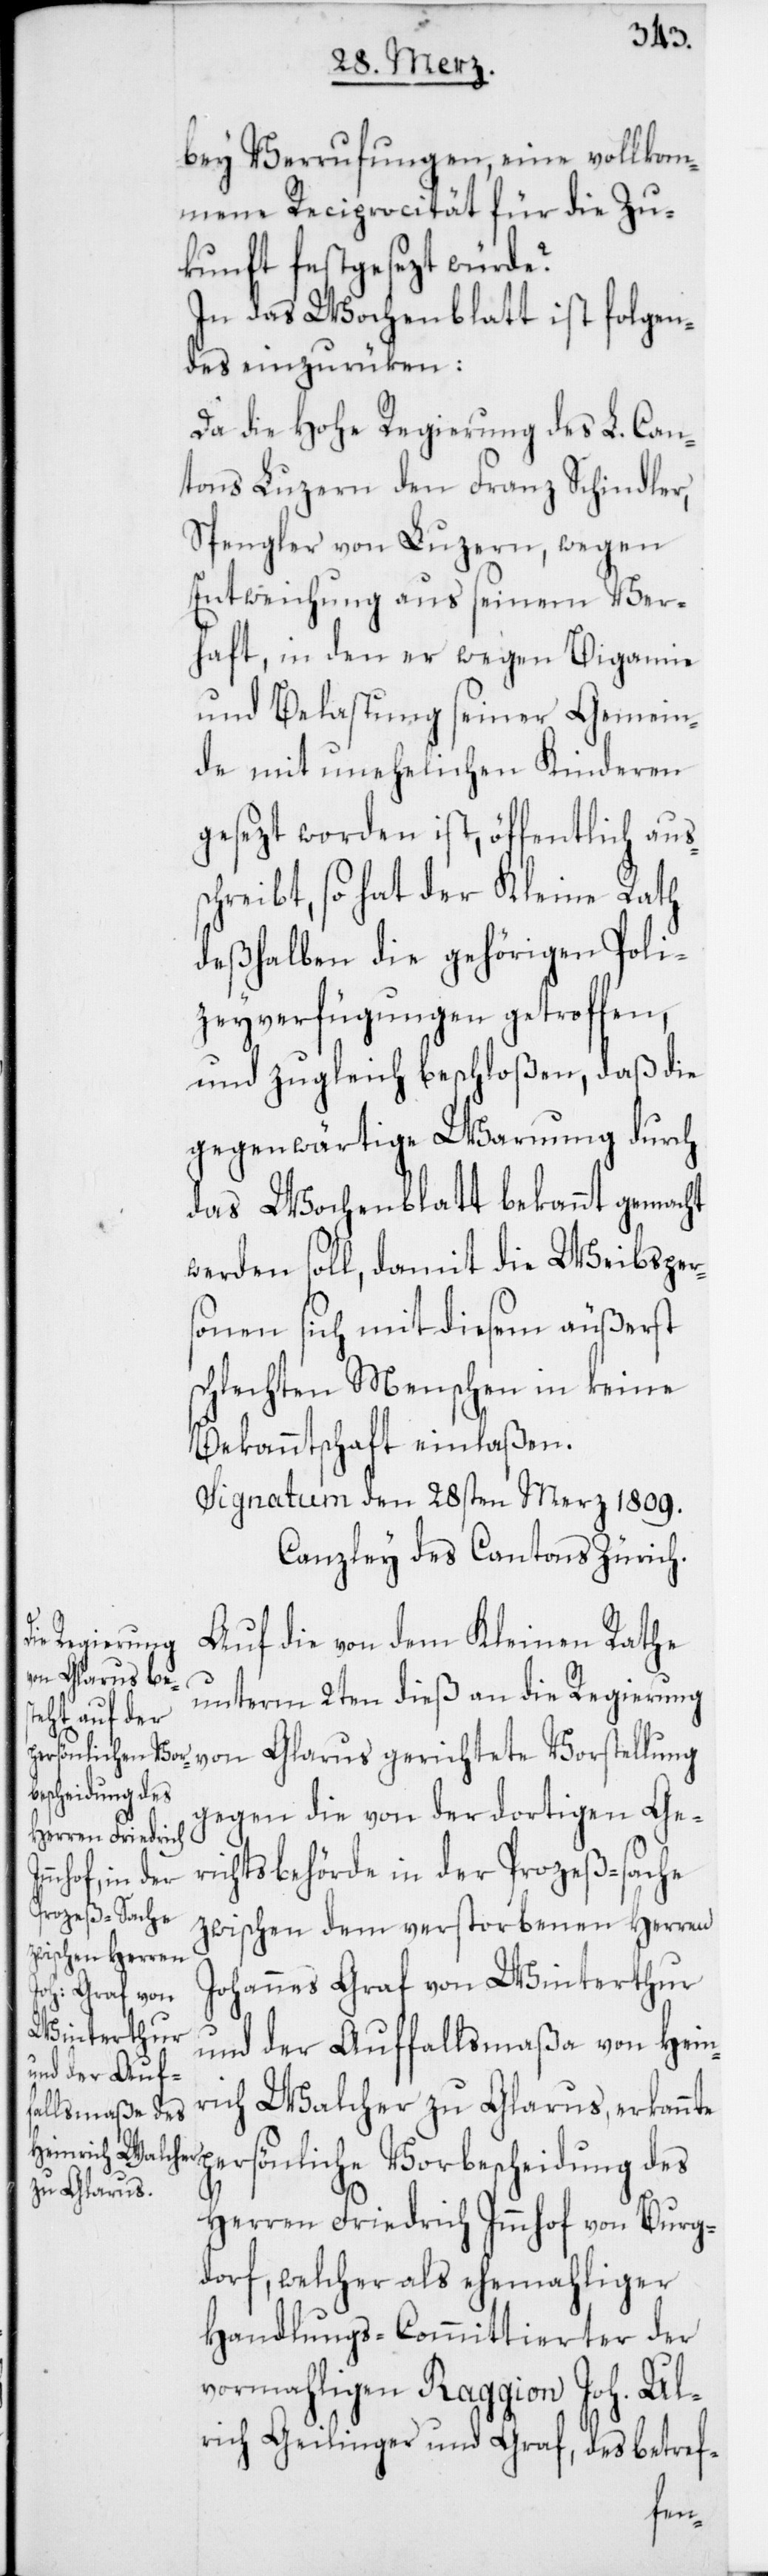
bey Verrufungen, eine vollkom¬
mene Reciprocität für die Zu¬
kunft festgesezt würde?
In das Wochenblatt ist Folgen¬
des einzurüken:
Da die hohe Regierung des L. Can¬
tons Luzern den Franz Schindler,
Spengler von Luzern, wegen
Entweichung aus seinem Ver¬
haft, in den er wegen Bigamie
und Belastung seiner Gemein¬
de mit unehelichen Kinderen
gesezt worden ist, öffentlich aus¬
schreibt, so hat der Kleine Rath
deshalben die gehörigen Poli¬
zeyverfügungen getroffen,
und zugleich beschloßen, daß die
gegenwärtige Warnung durch
das Wochenblatt bekannt gemacht
werden soll, damit die Weibsper¬
sonen sich mit diesem äußerst
schlechten Menschen in keine
Bekanntschaft einlaßen.
Signatum den 28sten Merz 1809.
Canzley des Cantons Zürich.
Auf die von dem Kleinen Rathe
unterm 2ten dieß an die Regierung
von Glarus gerichtete Vorstellung
gegen die von der dortigen Ge¬
richtsbehörde in der Prozeß-Sache
zwischen dem verstorbenen Herren
Johannes Graf von Winterthur
und der Auffallsmaßa von Hein¬
rich Walcher zu Glarus, erkannte
persönliche Vorbescheidung des
Herren Friedrich Immhof von Burg¬
dorf, welcher als ehemahliger
Handlungs-Committierter der
vormahligen Raggion Joh. Ul¬
rich Geilinger und Graf, des betref-